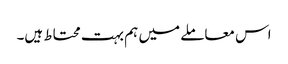
اس معاملے میں ہم بہت محتاط ہیں۔